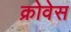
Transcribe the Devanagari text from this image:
क्रोवेस